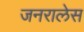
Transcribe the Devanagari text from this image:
जनरालेस